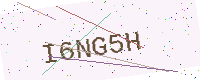
Text: I6NG5H